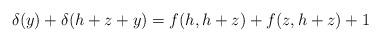
LaTeX: \begin{align*}\delta(y)+\delta(h+z+y)=f(h,h+z)+f(z,h+z)+1\end{align*}